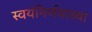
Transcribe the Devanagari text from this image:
स्वयंनिर्णयाच्या